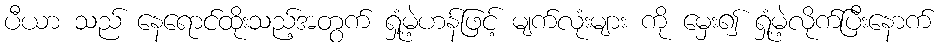
ပီယာ သည် နေရောင်ထိုးသည့်အတွက် ရှုံ့မဲ့ဟန်ဖြင့် မျက်လုံးများ ကို မှေး၍ ရှုံ့မဲ့လိုက်ပြီးနောက်